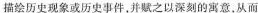
描绘历史现象或历史事件，并赋之以深刻的寓意，从而